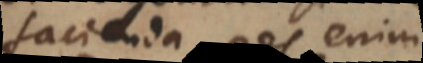
facienda, res enim